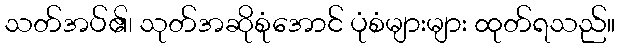
သတ်အပ်၏၊ သုတ်အဆိုစုံအောင် ပုံစံများများ ထုတ်ရသည်။